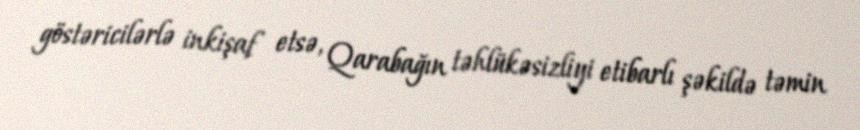
göstəricilərlə inkişaf etsə, Qarabağın təhlükəsizliyi etibarlı şəkildə təmin